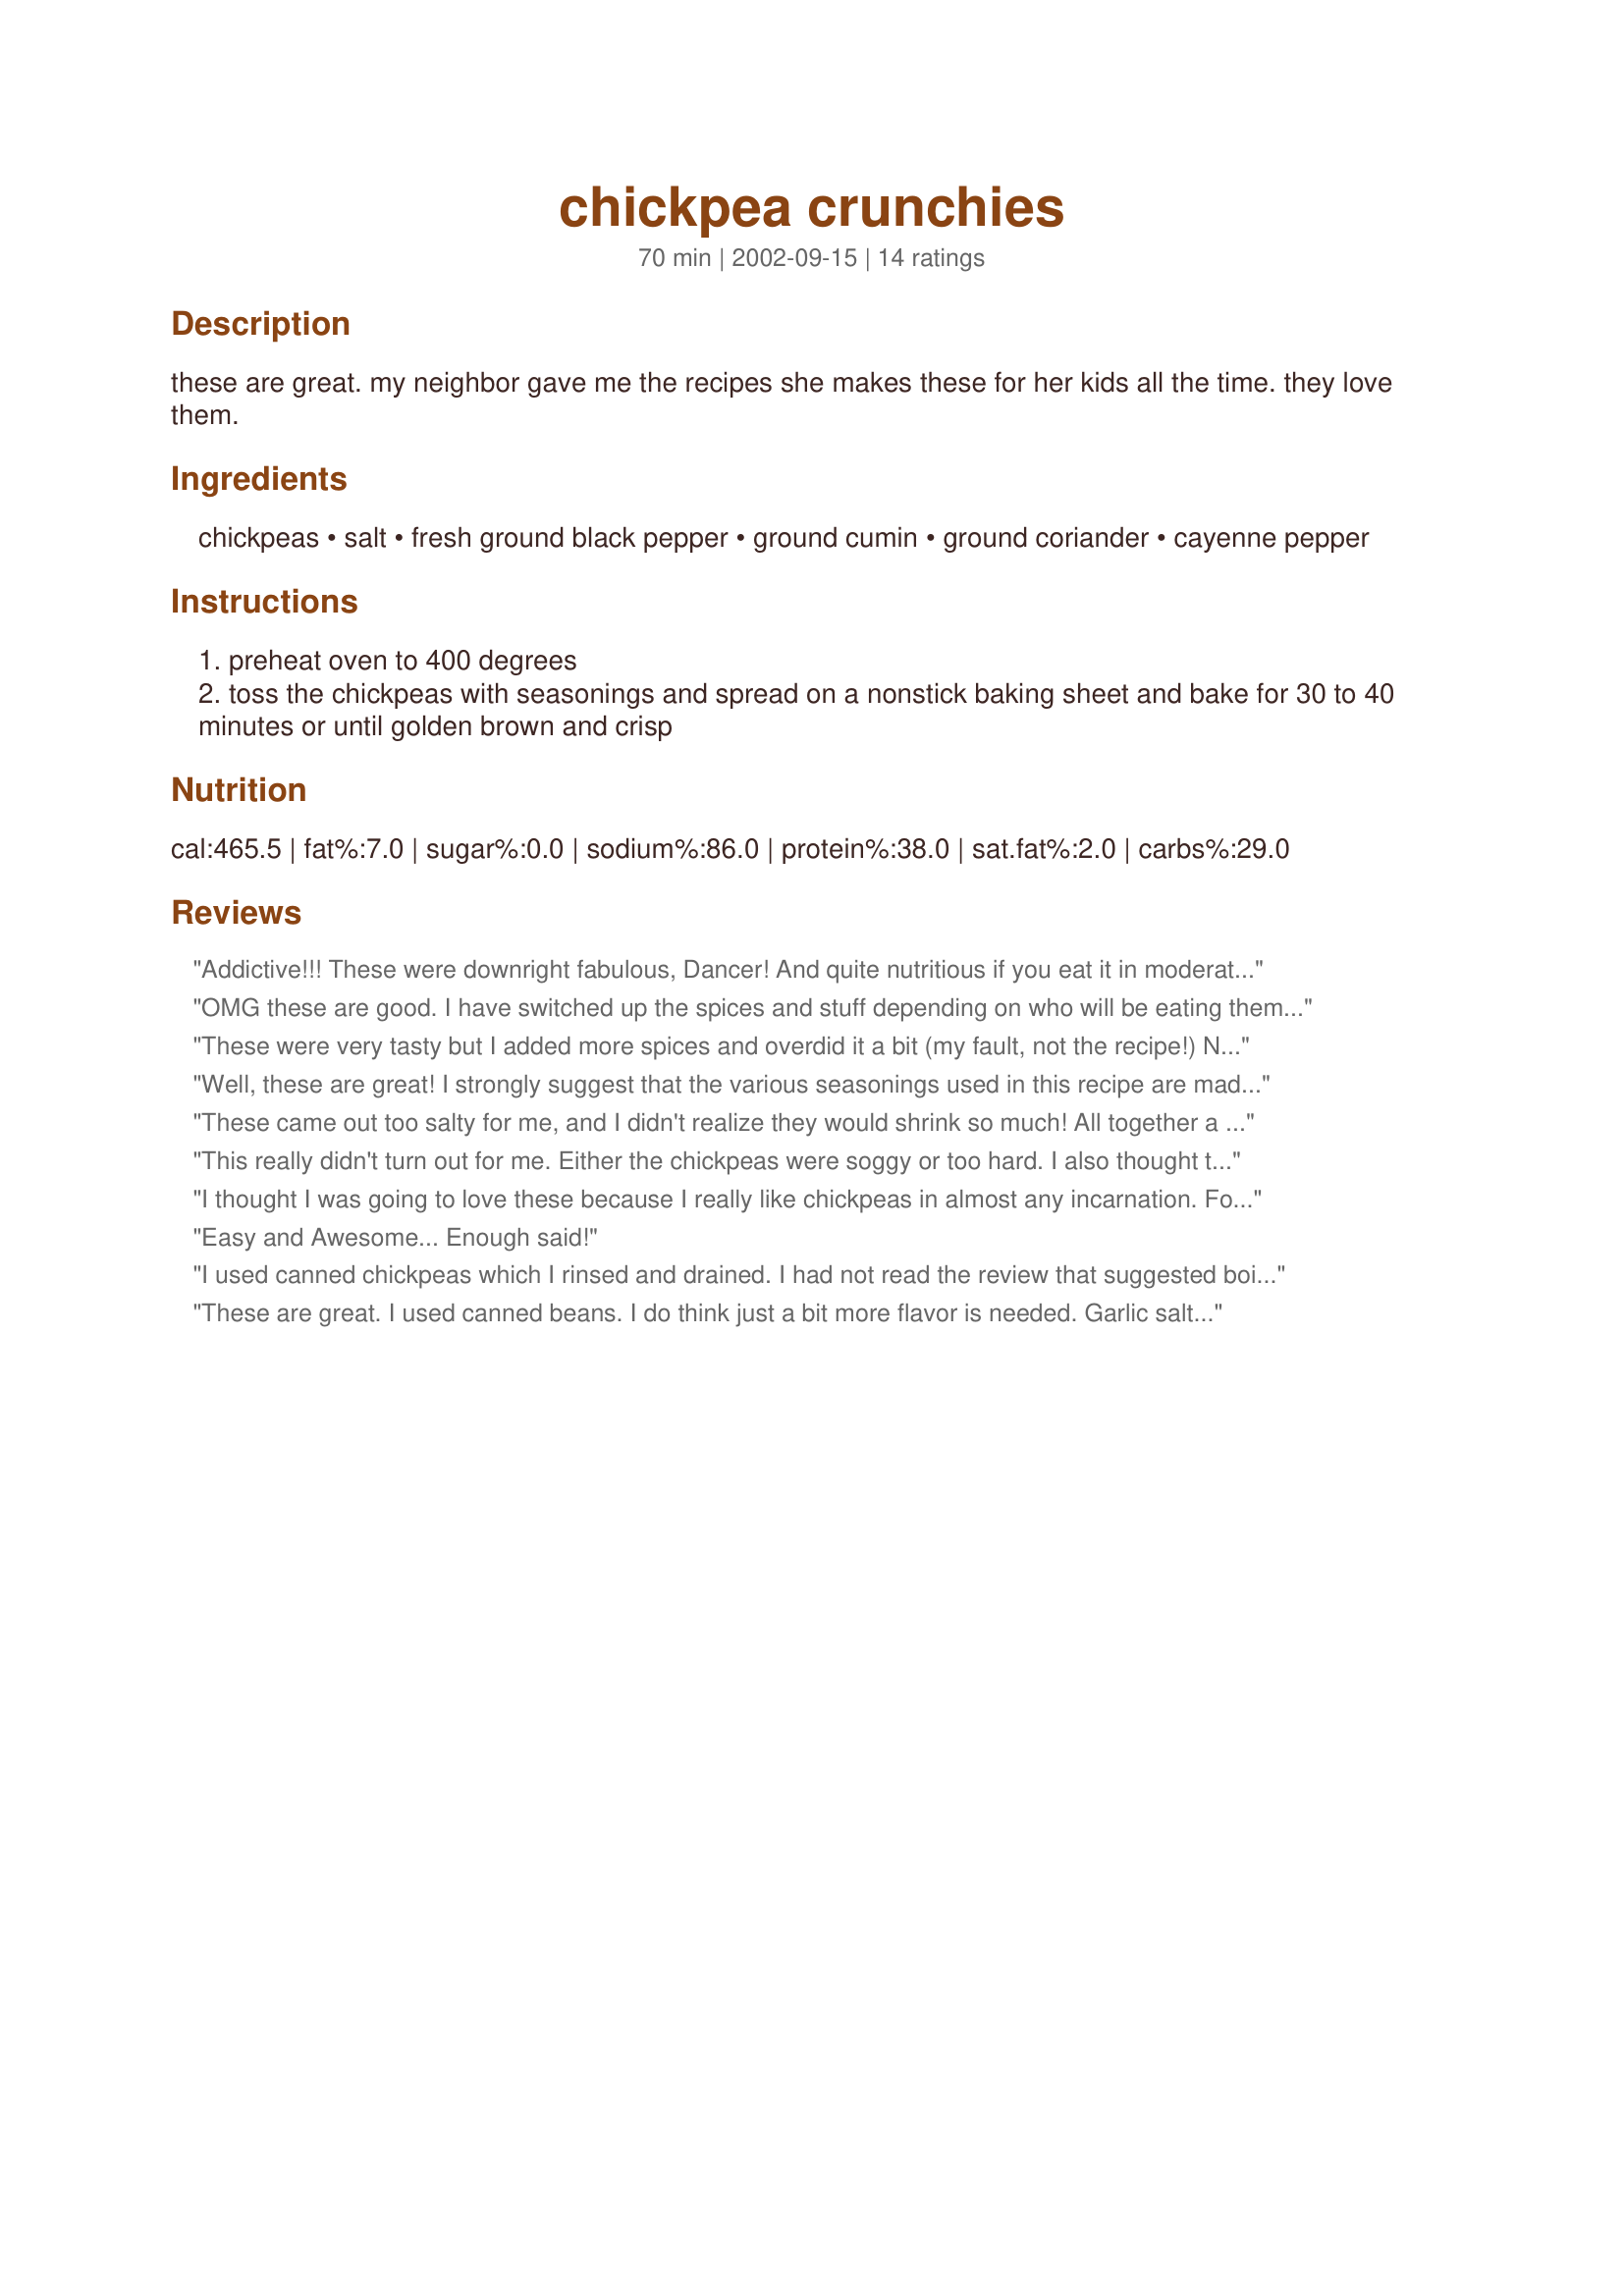
chickpea crunchies
Preparation time: 70 minutes

these are great. my neighbor gave me the recipes she makes these for her kids all the time. they love them.

Ingredients:
chickpeas, salt, fresh ground black pepper, ground cumin, ground coriander, cayenne pepper

Steps:
preheat oven to 400 degrees
toss the chickpeas with seasonings and spread on a nonstick baking sheet and bake for 30 to 40 minutes or until golden brown and crisp

Reviews:
Addictive!!! These were downright fabulous, Dancer! And quite nutritious if you eat it in moderation, which of course, I won't do ;-) I didn't have cayenne pepper so I used red chili powder, and I think it made it a tad spicier, but no complaints! I also used freshly ground coriander seeds, which added a lot of flavour. I baked for 35 minutes, which was about right, though a few got burnt... next time 30 minutes should suffice. What a wonderful, unique way to use chickpeas!
OMG these are good. I have switched up the spices and stuff depending on who will be eating them, but the first time I brought them out my husband said "oh my gosh I cannot believe the things you can do with food. This is fabulous." And it's healthy!!!!THANK YOU Dancer!
These were very tasty but I added more spices and overdid it a bit (my fault, not the recipe!) Next time I will add more salt and less spice. I loved the crunch of these healthy little snacks! Thank you for posting your recipe!
Well, these are great! I strongly suggest that the various seasonings used in this recipe are made fresh, i.e., use of each freshly ground seasoning imparts a flavour of its own in this fantastic snack. I substituted the cayenne pepper with red chilli powder following Anu's review. Yes, this did make it a bit spicy, but for spice lovers, this is just great! I used 1 can of chickpeas to make this(it was equivalent to 2 cups). After washing and draining the chickpeas, I boiled them in plenty of water for 5-7 minutes. Then, I drained the water and dried the chickpeas on clean kitchen towels. (I like to boil the chickpeas when I'm using them out of a can because I find the chickpeas have a funny taste that I really don't like if I dont boil them). I tossed the dried chickpeas with the seasonings in a flat baking dish and baked the chickpeas at 200C for 30 minutes. These wonderful crispy treats will vanish off the serving bowl within seconds if served with some wine, IMHO:)

Personally, I couldn't resist tasting the chickpeas when I'd tossed them with the seasonings, i.e., before baking them in the oven. I love them like that and for myself, I'll not be baking these, since, I loved the taste more when the chickpeas were just boiled and tossed with the seasonings than what they tasted like after being baked(That's just my taste buds talking) :)
These came out too salty for me, and I didn't realize they would shrink so much! All together a nice idea but I didn't care for the spice mix.
This really didn't turn out for me. Either the chickpeas were soggy or too hard. I also thought there was way too much pepper on this. Thanks for the recipe, though.
I thought I was going to love these because I really like chickpeas in almost any incarnation. For some reason, these just didn't work out for me. I didn't like the texture of the dried peas at all. It was almost... gritty. The flavour was great though. Sorry this one just wasn't for me.
Easy and Awesome... Enough said!
I used canned chickpeas which I rinsed and drained. I had not read the review that suggested boiling, but will give that a try next time. (I, too, think that canned chickpeas have an odd flavor.) I did have to bake for about 45 minutes in order to crisp the chickpeas. This makes a nice snack and could easily be added to a savory trail mix.
These are great. I used canned beans. I do think just a bit more flavor is needed. Garlic salt would be a nice addition. I have some lime flavored garlic salt that I intend to try next time.
These are good, and a great alternative snack instead of junk food! Thanks for the recipe!
I have to agree with eclairkat's review - these really didn't work for me and I really wanted them to. The spices were just right, but my chickpeas were also soggy or hard and I was afraid to cook them any longer because the spices were beginning to burn. Sorry.
I made these as a healthy snack for myself but my healthy food hating hubby ate them all! Next time I'll make a bigger batch :) Thanks for such a great recipe!
This was great! I made it tonight to go along with some veggies and tofu...I omitted the coriander. The cumin was such a striking flavor. Really great, love the crunch...thanks!
